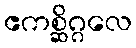
ဧကစ္ဆိဂ္ဂလေ